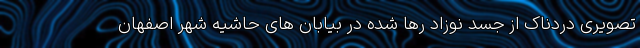
تصویری دردناک از جسد نوزاد رها شده در بیابان های حاشیه شهر اصفهان